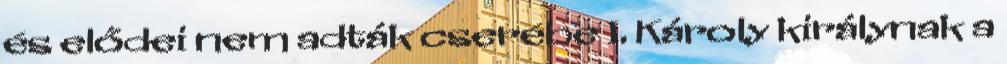
és elődei nem adták cserébe I. Károly királynak a